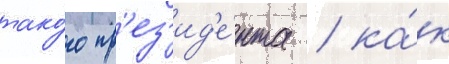
тако́го пр'ез'ид'е́нта / ка́к